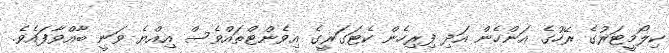
ކިލޯމީޓަރުގެ ރޭހުގެ އަންހެން އަދި ފިރިހެން ކެޓަގަރީގެ އިވެންޓްތައްވެސް އިއްޔެ ވަނީ ބާއްވާފައެވެ.